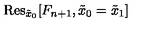
\mathrm { R e s } _ { \tilde { x } _ { 0 } } [ F _ { n + 1 } , \tilde { x } _ { 0 } = \tilde { x } _ { 1 } ]